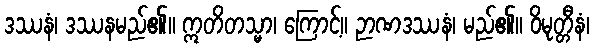
ဒဿနံ၊ ဒဿနမည်၏။ ဣတိတသ္မာ၊ ကြောင့်။ ဉာဏဒဿနံ၊ မည်၏။ ဝိမုတ္တီနံ၊